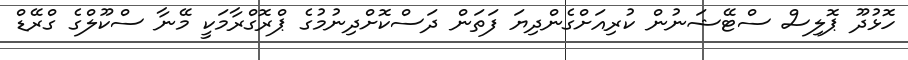
ހޮޅުދޫ ޕޮލިސް ސްޓޭޝަނުން ކުރިއަށްގެންދިޔަ ފަތަން ދަސްކޮށްދިނުމުގެ ޕްރޮގްރާމަކީ މޭނާ ސްކޫލްގެ ގްރޭޑް